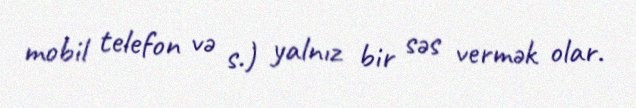
mobil telefon və s.) yalnız bir səs vermək olar.